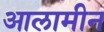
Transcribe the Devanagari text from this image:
आलामीन